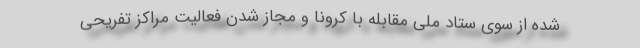
شده از سوی ستاد ملی مقابله با کرونا و مجاز شدن فعالیت مراکز تفریحی